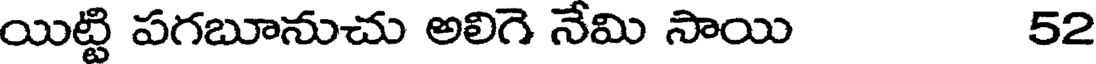
యిట్టి పగబూనుచు అలిగె నేమి సాయి 52